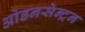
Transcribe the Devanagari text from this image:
ओडनसेन्ट्रन